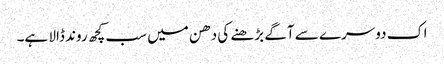
اک دوسرے سے آگے بڑھنے کی دھن میں سب کچھ روند ڈالا ہے۔